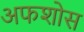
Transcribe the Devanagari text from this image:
अफशोस